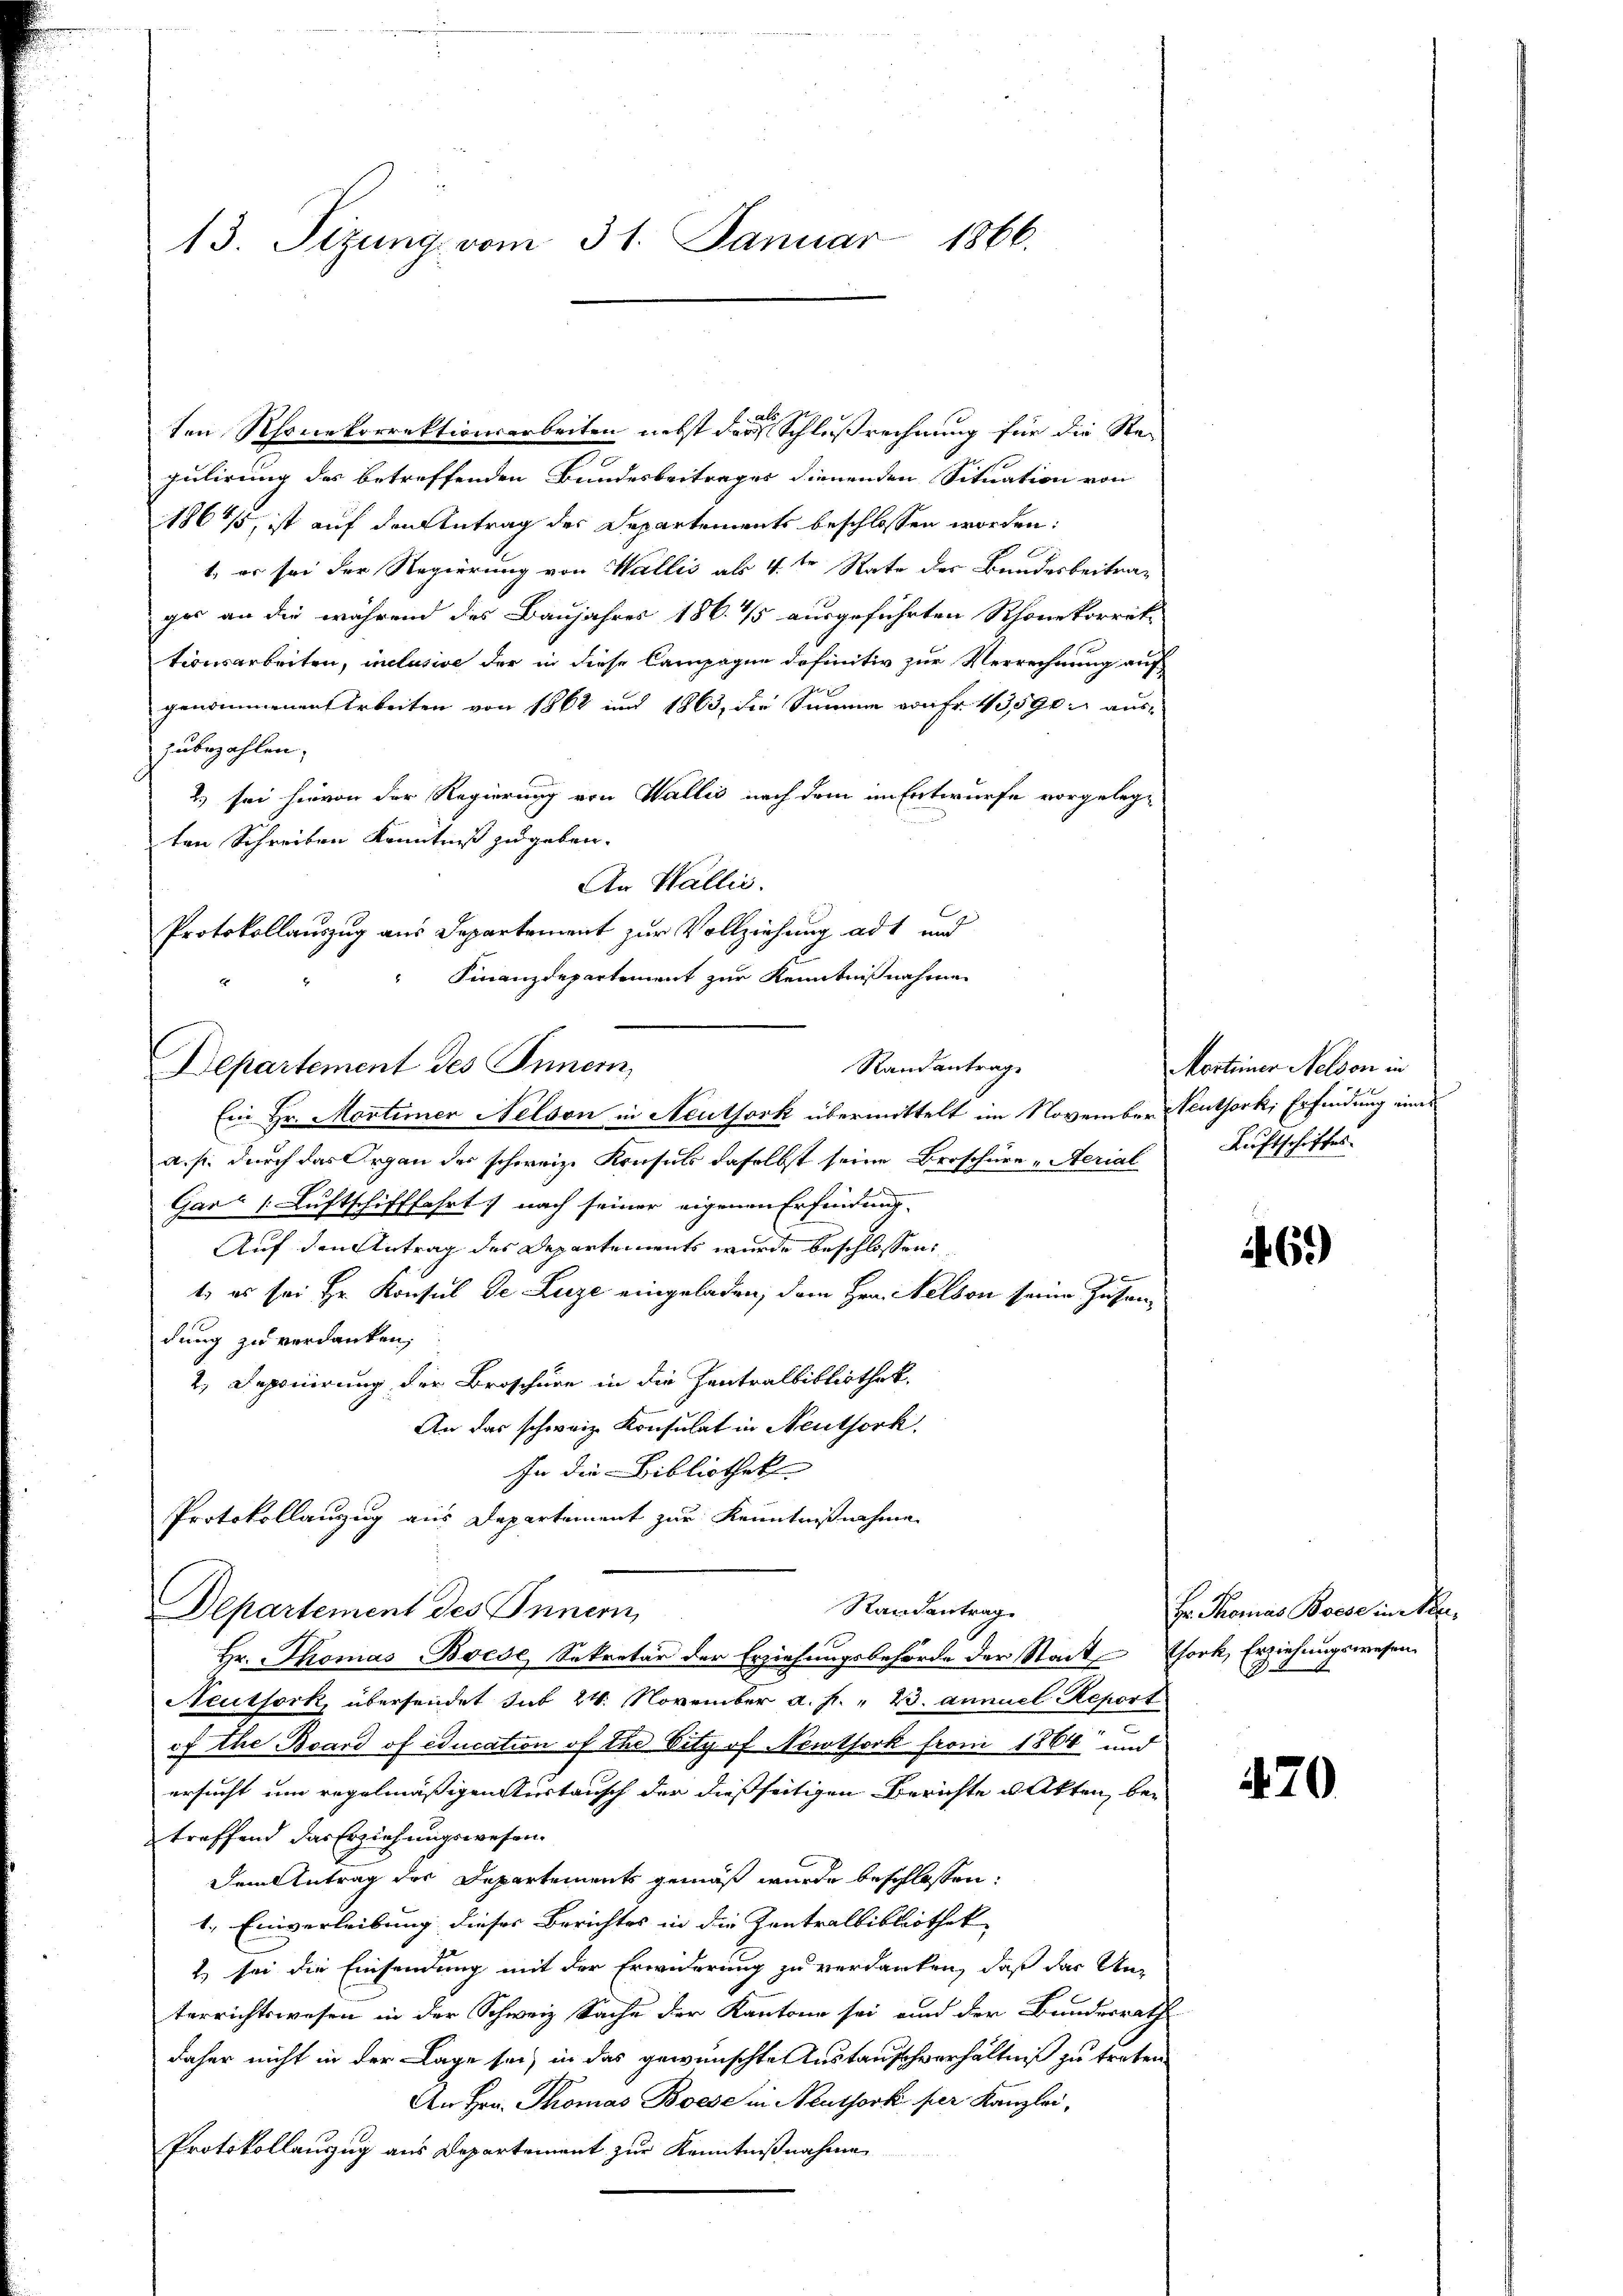
13. Tizung vom 31. Januar 1866.

ten Rhonekorrektionsarbeiten nebst der Schlußrechnung für die Ste-
gulirung des betreffenden Bundesbeitrages dienenden Situation von
18675, ist auf den Antrag des Departements beschlossen worden:
t, er sei der Regierung von Wallis als 4ten Rate der Bundesbeitrag
ger an die während des Baujahres 186. 1/5 ausgeführten Rhonekorret-
tionsarbeiten, inclusive der in diese Campagne definitiv zur Verrechnung auf
genommenen Arbeiten von 1862 und 1863, die Summe von Fr. 43590 aus-
zubezahlen.
2.) sei hievon der Regierung von Wallis nach dem im Entwurfe vorgelegten Schreiben Kenntniß zugeben.
An Wallis.
Protokollauszug aus Departement zur Vollziehung ad und
Finanzdepartement zur Kenntnißnahmen
Departement des Innern,
Ein Hr. Montimer Nelson in Neutfork übermittelt im November Teuthork, Erfindung eines
a. p. durch das Organ des schweiz. Konsuls daselbst seine Broschüre „Serial Luftschiffes
Gar (Luftschifffahrt nach seiner eigenen Erfindung.
Auf den Antrag des Departements wurde beschlossen:
t, es sei Hr. Konsul de Luze eingeladen, dem Hrn. Nelson seine Zuhandung zu verdanken;
2. Deponirung der Broschüre in die Zentralbibliothek.
An das schweiz. Konsulat in Neuthork
In die Bibliothek
Protokollanzug aus Departement zur Kenntnißnahme
Randantrag
Departement des Innern,
Hr. Thomas-Boede, Sekretär der Erziehungsbehörde der Stadt Chork, Erziehungswesen
Neuthork, übersendet sub 24. November a.h. " 23. annuel Report
ef the Brand of education of the Vity of Newtork from 1864 und
ersucht um regelmäßigen Austausch der dießseitigen Berichte u. Akten, bei
treffend das Erziehungswesen.
Dem Antrag des Departements gemäß wurde beschlossen:
1.) Einverleibung dieses Berichtes in die Zentralbibliothek
1 sei die Einsendung mit der Erwiderung zu verdanken, daß das Unterrichtswesen in der Schweiz Sache der Kantone sei und der Bundesrath
daher nicht in der Lage sei, in das gewünschte Austauschverhältniß zu treten
An Hrn. Thomas Boese in Neuthork per Kanzlei-
Protokollauzug aus Departement zur Kenntnißnahme

Randantrag

Martiner Nelson in

69)

Hr. Thomas Bosse in Be¬
2.

470